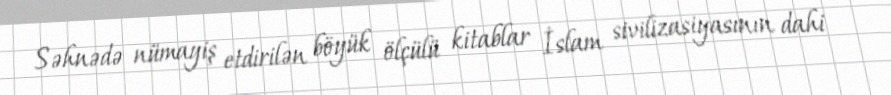
Səhnədə nümayiş etdirilən böyük ölçülü kitablar İslam sivilizasiyasının dahi